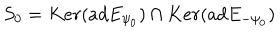
S _ { 0 } = K e r ( a d E _ { \psi _ { 0 } } ) \cap K e r ( a d E _ { - \psi _ { 0 } } )